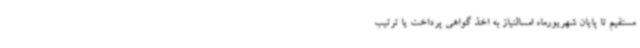
مستقیم تا پایان شهریورماه امسالنیاز به اخذ گواهی پرداخت یا ترتیب